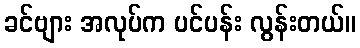
ခင်ဗျား အလုပ်က ပင်ပန်း လွန်းတယ်။